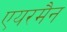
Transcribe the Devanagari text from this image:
एयरमैन